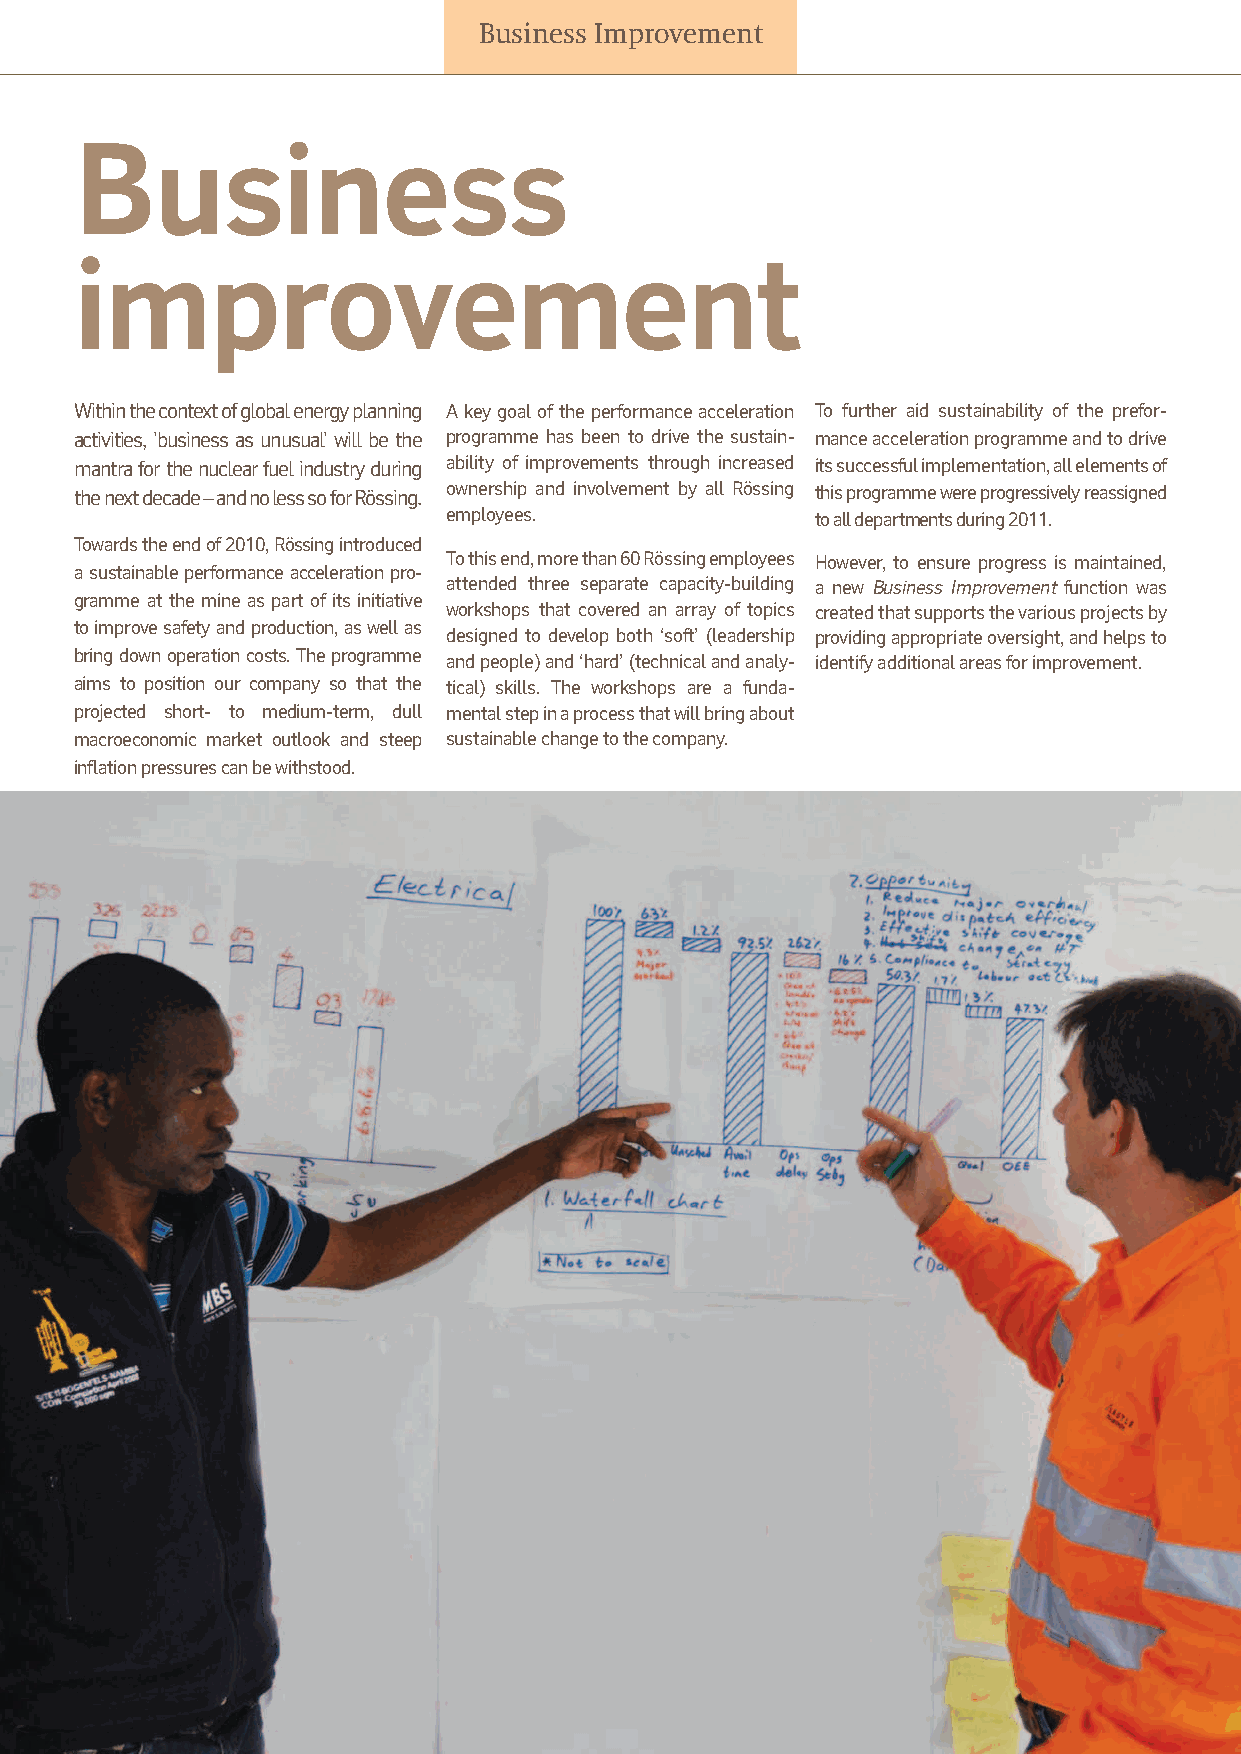
Business Improvement
 Business
 improvement
 Within the context of global energy planning A key goal of the performance acceleration To further aid sustainability of the prefor-
 activities, 'business as unusual' will be the programme has been to drive the sustain- mance acceleration programme and to drive
 mantra for the nuclear fuel industry during ability of improvements through increased its succ essf ul implementation, all elements of
 the next decade – and no less so for Rössing. owner ship and involvement by all Rössing this programme were progressively reassigned
 employees.              to all departm ents during 2011.
 Towards the end of 2010, Rössing introduced
 To this end, more than 60 Rössing employees However, to ensure progress is maintained,
 a sustainable performance acceleration pro-
 attended three separate capacity-building a new Business Improvement function was
 gramme at the mine as part of its initiative
 workshops that covered an array of topics created that supports the various projects by
 to improve safety and production, as well as
 designed to develop both ‘soft’ (leadership providing appropriate oversight, and helps to
 bring down operation costs. The programme and people) and ‘hard’ (technical and analy- identify additional areas for improvement.
 aims to position our company so that the tical) skills. The workshops are a funda-
 projected short- to medium-term, dull mental step in a process that will bring about
 macroeconomic market outlook and steep sustainable change to the company.
 inflation pressures can be withstood.
 12 Rössing Uranium Limited | Report to Stakeholders | 2011